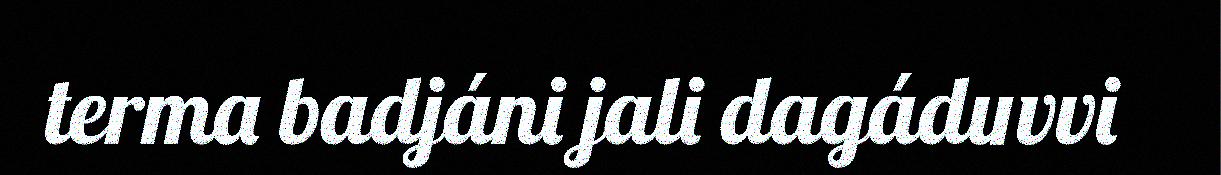
terma badjáni jali dagáduvvi